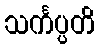
သင်္ကပ္ပတိ